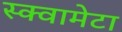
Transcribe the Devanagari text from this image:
स्क्वामेटा